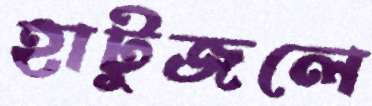
হাটুজলে